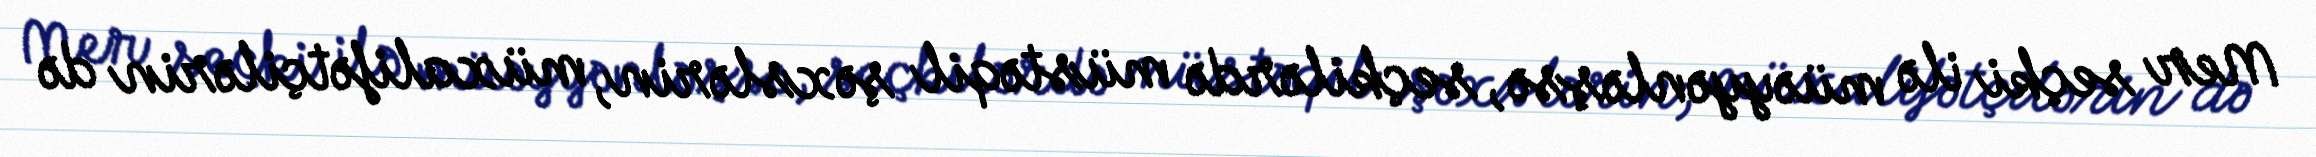
Mer seçki ilə müəyyənləşsə, seçkilərdə müstəqil şəxslərin, müxalifətçilərin də